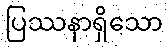
ပြဿနာရှိသော